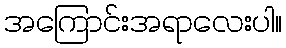
အကြောင်းအရာလေးပါ။